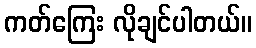
ကတ်ကြေး လိုချင်ပါတယ်။